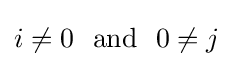
i\neq 0~~\mathrm {and} ~~0\neq j